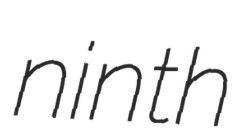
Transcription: ninth